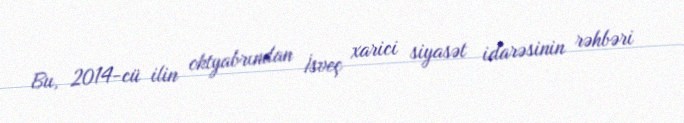
Bu, 2014-cü ilin oktyabrından İsveç xarici siyasət idarəsinin rəhbəri